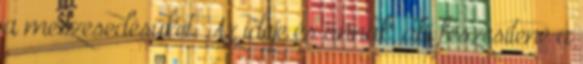
a meszesedésüket. Az ideje és annak, aki feszesítené a